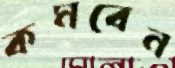
কমবেন